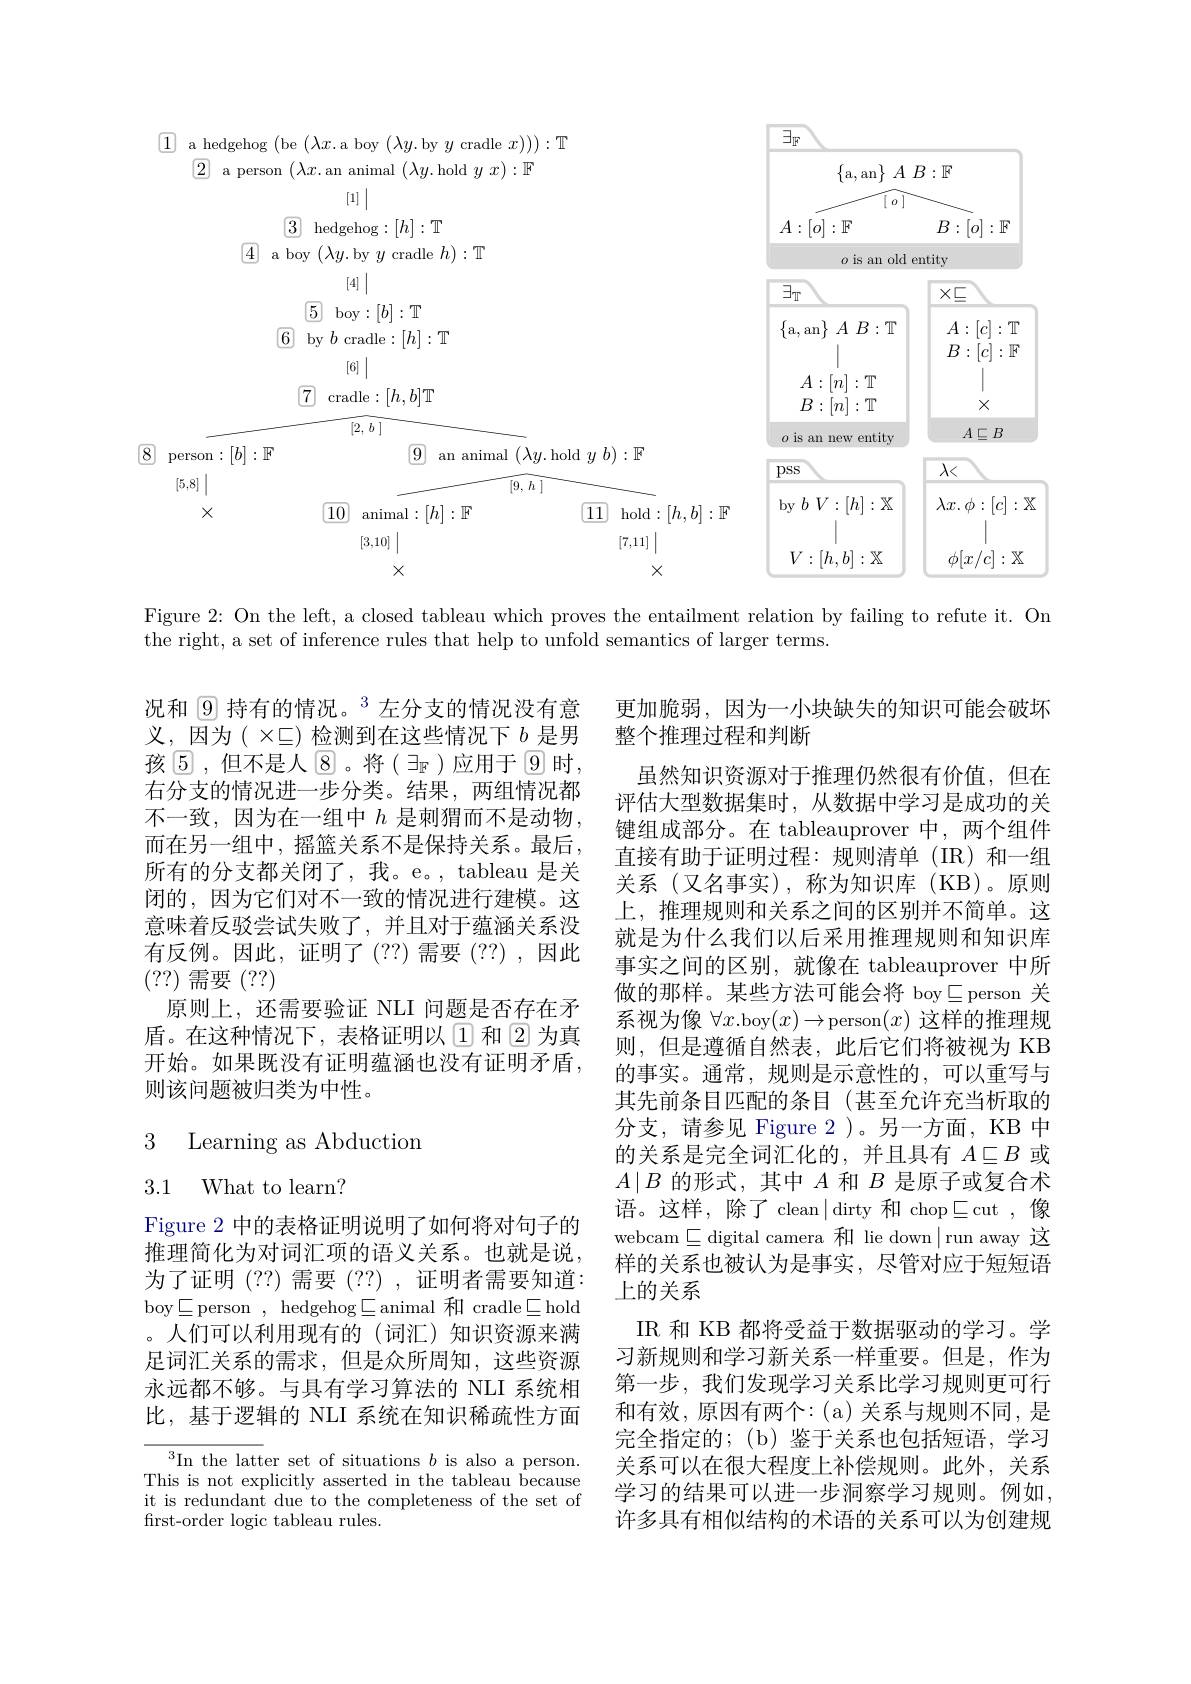
<FigureHere>

Figure 2: On the left, a closed tableau which proves the entailment relation by failing to refute it. On
the right, a set of inference rules that help to unfold semantics of larger terms.

况和$9\text{ 持有的情况。}^{3}$左分支的情况没有意义，因为( $\times$드)检测到在这些情况下 $b$ 是男孩$\textcircled{5}$,但不是人$\textcircled{8}$。将$(\exists_\mathbb{F})$应用于$\textcircled{9}$时， 右分支的情况进一步分类。结果，两组情况都不一致，因为在一组中$h$是刺猬而不是动物， 而在另一组中，摇篮关系不是保持关系。最后， 所有的分支都关闭了，我。e。, tableau 是关闭的，因为它们对不一致的情况进行建模。这意味着反驳尝试失败了，并且对于蕴涵关系没有反例。因此，证明了(??)需要(??),因此(??)需要(??)
原则上，还需要验证 NLI 问题是否存在矛盾。在这种情况下，表格证明以$\textcircled{1}$和 2 为真开始。如果既没有证明蕴涵也没有证明矛盾， 则该问题被归类为中性。

更加脆弱，因为一小块缺失的知识可能会破坏
整个推理过程和判断
虽然知识资源对于推理仍然很有价值，但在评估大型数据集时，从数据中学习是成功的关键组成部分。在 tableauprover 中，两个组件直接有助于证明过程：规则清单(IR)和一组关系(又名事实),称为知识库(KB)。原则上，推理规则和关系之间的区别并不简单。这就是为什么我们以后采用推理规则和知识库事实之间的区别，就像在 tableauprover 中所做的那样。某些方法可能会将 boy$\subseteq$person 关系视为像$\forall x$.boy$(x)\to$person$(x)$这样的推理规则，但是遵循自然表，此后它们将被视为 KB 的事实。通常，规则是示意性的，可以重写与其先前条目匹配的条目(甚至允许充当析取的分支，请参见 Figure 2)。另一方面，KB 中的关系是完全词汇化的，并且具有$A\subseteq B$或$A\mid B$的形式，其中$A$和$B$是原子或复合术语。这样，除了 clean$\mid$dirty 和 chop$\sqsubseteq$cut ,像webcam$\sqsubseteq$digital camera 和 lie down$\mid$run away 这样的关系也被认为是事实，尽管对应于短短语上的关系
IR 和 KB 都将受益于数据驱动的学习。学习新规则和学习新关系一样重要。但是，作为第一步，我们发现学习关系比学习规则更可行和有效，原因有两个：(a)关系与规则不同，是完全指定的；(b)鉴于关系也包括短语，学习关系可以在很大程度上补偿规则。此外，关系学习的结果可以进一步洞察学习规则。例如， 许多具有相似结构的术语的关系可以为创建规

3 Learning as Abduction

## 3.1 What to learn?

Figure 2 中的表格证明说明了如何将对句子的推理简化为对词汇项的语义关系。也就是说， 为了证明(??)需要(??),证明者需要知道： boy$\sqsubseteq$person,hedgehog$\sqsubseteq$animal 和 cradle$\sqsubseteq$hold 。人们可以利用现有的(词汇)知识资源来满足词汇关系的需求，但是众所周知，这些资源永远都不够。与具有学习算法的 NLI 系统相比，基于逻辑的 NLI 系统在知识稀疏性方面

$^3$In the latter set of situations $b$ is also a person. This is not explicitly asserted in the tableau because it is redundant due to the completeness of the set of frst-order logic tableau rules.